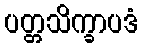
ပတ္တသိက္ခာပဒံ